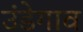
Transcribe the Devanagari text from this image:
उंडेगाव